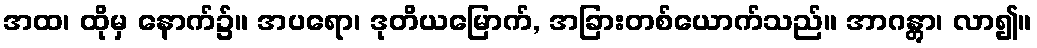
အထ၊ ထိုမှ နောက်၌။ အပရော၊ ဒုတိယမြောက်, အခြားတစ်ယောက်သည်။ အာဂန္တွာ၊ လာ၍။